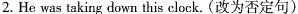
2. He was taking down this clock. (改为否定句)